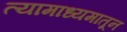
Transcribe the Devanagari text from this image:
त्यामाध्यमातून